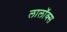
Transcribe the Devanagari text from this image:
लालॉक्स